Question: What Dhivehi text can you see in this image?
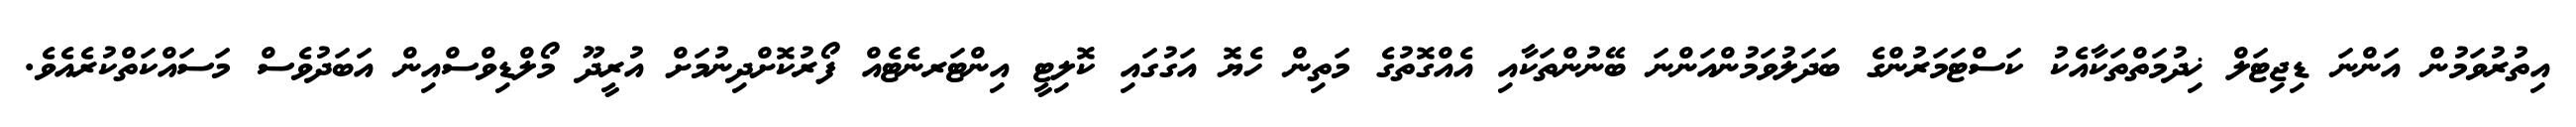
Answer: އިތުރުވަމުން އަންނަ ޑިޖިޓަލް ޚިދުމަތްތަކާއެކު ކަސްޓަމަރުންގެ ބަދަލުވަމުންއަންނަ ބޭނުންތަކާއި އެއްގޮތުގެ މަތިން ހެޔޮ އަގުގައި ކޮލިޓީ އިންޓަރނެޓެއް ފޯރުކޮށްދިނުމަށް އުރީދޫ މޯލްޑިވްސްއިން އަބަދުވެސް މަސައްކަތްކުރެއެވެ.